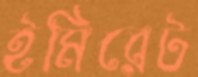
ইমিরেট